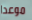
موعدا